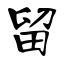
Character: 留